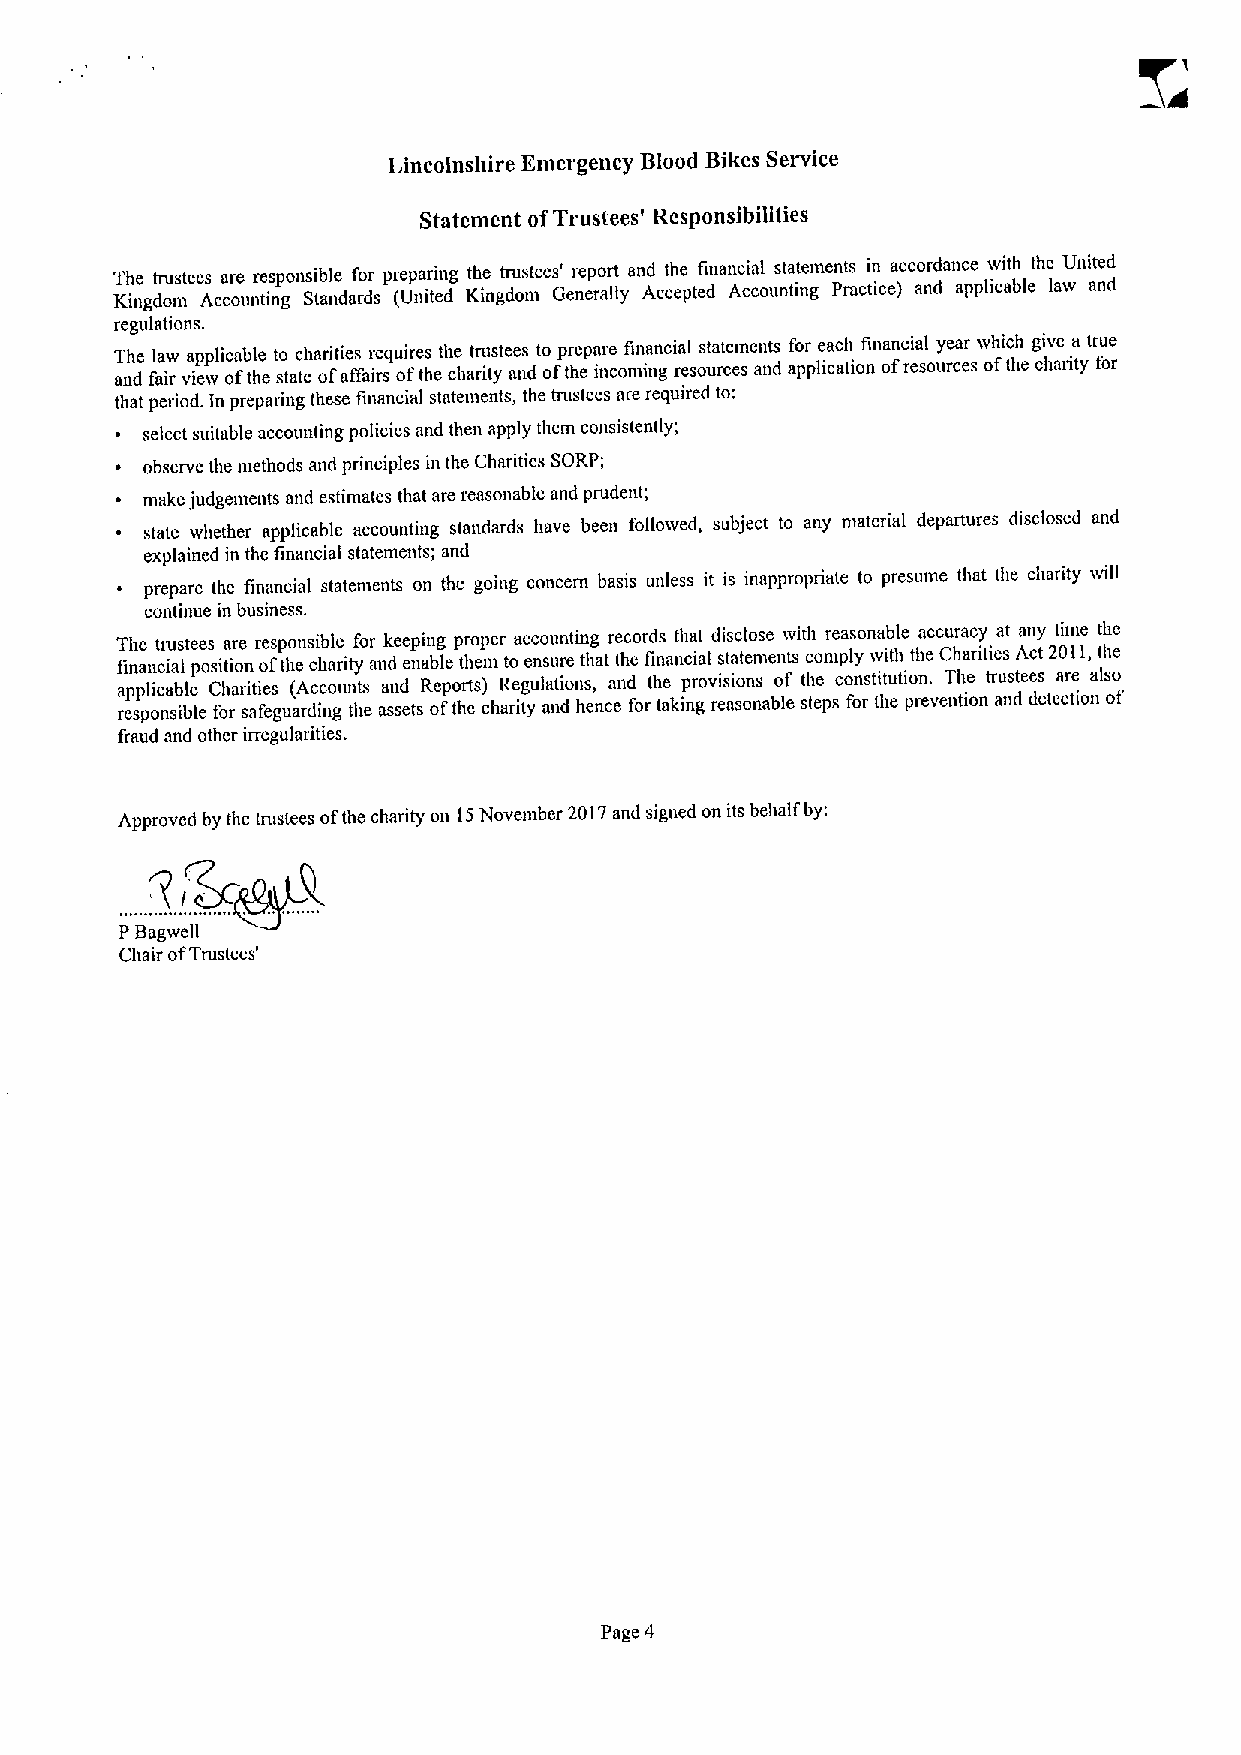
Lincolnsbire Emergency Blood Bikes Service
 Statement ofTrustees' Responsibilities
 The trustees are responsible for preparing the trustees' report and the financial stateinents in accordance ivith the United
 Kingdom Accounting Standards (United Kingdom Generany Accepted Accounting Practice) and applicable law and
 regulations.
 T auh de fl aa iw
 r
 va ip ewplic oa fbl te
 he
 t so tatc eha ori ftie as ffair re squ oir fes theth ce liat rr iu tystee as ndto ofp tr he epa ir ne comfin ina gncia rl esos uta rt ce em sen at ns
 d
 afo pr plie ca ac th ionfina on fci ra el souy re ca er
 s
 w oh fic th
 he
 g ci hv ae rita ytr fu oe
 r
 that period. ln preparing these financial statements, the tnistees are required to;
 select suitable accounting policies and then apply them consistently;
 observe the niethods and principles in the Charitics SORP;
 make judgeinents and estimates that are reasonable and prudent;
 state whether applicable accounting standards have been followed, subject to any material departures disclosed and
 explained in the financial statements; and
 prepare the financial statements on the going concern basis unless it is inappropriate to presume that the charity will
 continue in business.
 The trustees are responsible for keeping proper accountiug records that disclose with reasonable accuracy at miy time thc
 financial position ofthe charity mid enable them to ensure that the linancial statements comply with the Charities Act 2011,the
 a rep sp pl oic na sb ible
 le
 C foh rar sit ai fe es gua( rA dic nc goun tt hs
 e
 aa sn sd etsR oep fo thrt es) chaR rie tg yula at nio dns h, enca end forth te akip nr gov ri esi ao sn os nablo ef t sh tee psco fn os rti tt hu etio pn r. evenT tih oe
 n
 tr au ns dtee ds etea cr te ionals oo f
 fraud and other irregularities.
 Approved by the tnistees ofthe charity on 15November 20 17and signed on its behalf by:
 PBagwelt
 Chair ofTrustees'
 Page 4